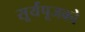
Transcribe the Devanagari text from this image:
सूर्यपूजको